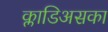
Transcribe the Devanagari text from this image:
क्लाडिअसका